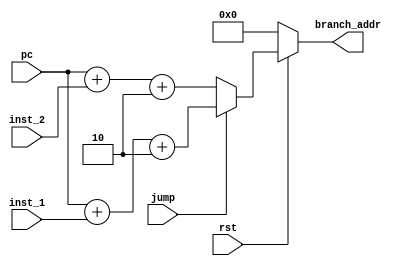
/* branch_adder.v
 * Adds value to PC based on jump input
 * Written by Daniel Gallegos and Brandon Ortiz
 * CSC142, Fall 2014, CSUS
*/

module branch_adder(rst, inst_1, inst_2, pc, jump, branch_addr);

//Parameters
parameter INST_ADDR_WIDTH = 16;
parameter NUM_BYTES_IN_INST = 2;

// I/O ports
input rst, jump;
input [INST_ADDR_WIDTH - 1:0] inst_1, inst_2;
input [INST_ADDR_WIDTH - 1:0] pc;

//Output defined as register
output reg [INST_ADDR_WIDTH-1:0] branch_addr;

//Procedural blocks
always @(*)
begin
    if (!rst)
    begin
        branch_addr = 0;
    end
    else
    begin
        if (!jump)
            branch_addr = pc + inst_2 + NUM_BYTES_IN_INST;
        else
            branch_addr = pc + inst_1 + NUM_BYTES_IN_INST;
    end
end

endmodule

//-----------------------------END OF FILE-------------------------------------